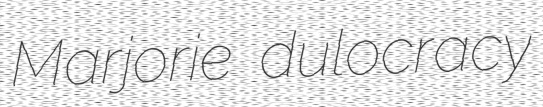
Marjorie dulocracy